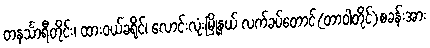
တနင်္သာရီတိုင်း၊ ထားဝယ်ခရိုင်၊ လောင်းလုံးမြို့နယ် လက်ခပ်တောင်(တာဝါတိုင်)စခန်းအား